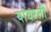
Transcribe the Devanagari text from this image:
यांवरती